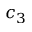
c _ { 3 }